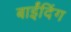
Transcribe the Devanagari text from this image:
बाईंदिंग